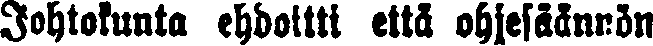
Johtokunta ehdoitti että ohjesäännön